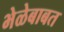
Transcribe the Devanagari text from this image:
भेळेबाबत